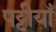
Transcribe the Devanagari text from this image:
पट्टीयाँ